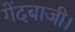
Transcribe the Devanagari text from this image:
गेंदबाजी।